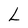
Character: L